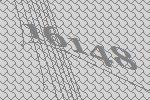
16148